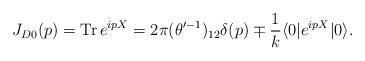
LaTeX: \begin{align*}J_{D0}(p) = {\rm Tr}\, e^{ipX}= 2 \pi (\theta'^{-1})_{12} \delta (p)\mp \frac{1}{k} \langle 0| e^{ipX} |0 \rangle.\end{align*}